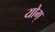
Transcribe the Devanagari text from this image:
योग्‌